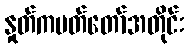
နှုတ်ကပတ်တော်အတိုင်း